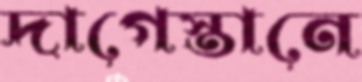
দাগেস্তানে